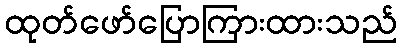
ထုတ်ဖော်ပြောကြားထားသည်